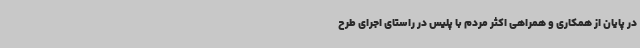
در پایان از همکاری و همراهی اکثر مردم با پلیس در راستای اجرای طرح